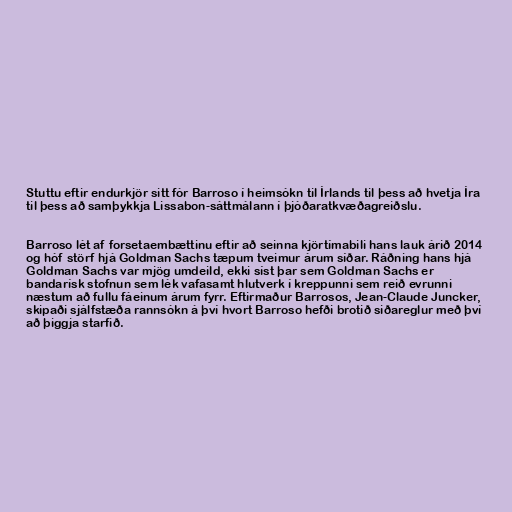
Stuttu eftir endurkjör sitt fór Barroso í heimsókn til Írlands til þess að hvetja Íra
til þess að samþykkja Lissabon-sáttmálann í þjóðaratkvæðagreiðslu.

Barroso lét af forsetaembættinu eftir að seinna kjörtímabili hans lauk árið 2014
og hóf störf hjá Goldman Sachs tæpum tveimur árum síðar. Ráðning hans hjá
Goldman Sachs var mjög umdeild, ekki síst þar sem Goldman Sachs er
bandarísk stofnun sem lék vafasamt hlutverk í kreppunni sem reið evrunni
næstum að fullu fáeinum árum fyrr. Eftirmaður Barrosos, Jean-Claude Juncker,
skipaði sjálfstæða rannsókn á því hvort Barroso hefði brotið siðareglur með því
að þiggja starfið.